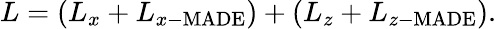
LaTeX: L=\left(L_{x}+L_{x-\mathrm{MADE}}\right)+\left(L_{z}+L_{z-\mathrm{MADE}}\right).